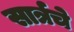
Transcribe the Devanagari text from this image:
सार्त्रचे